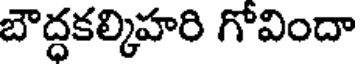
బౌద్ధకల్కిహరి గోవిందా